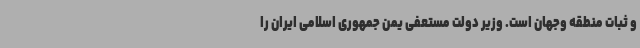
و ثبات منطقه وجهان است. وزیر دولت مستعفی یمن جمهوری اسلامی ایران را